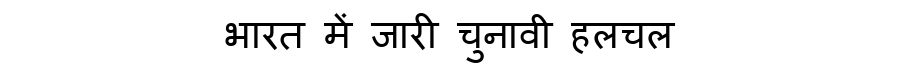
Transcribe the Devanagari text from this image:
भारत में जारी चुनावी हलचल